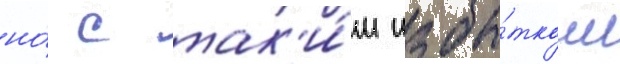
но́ с так'и́м избы́тком